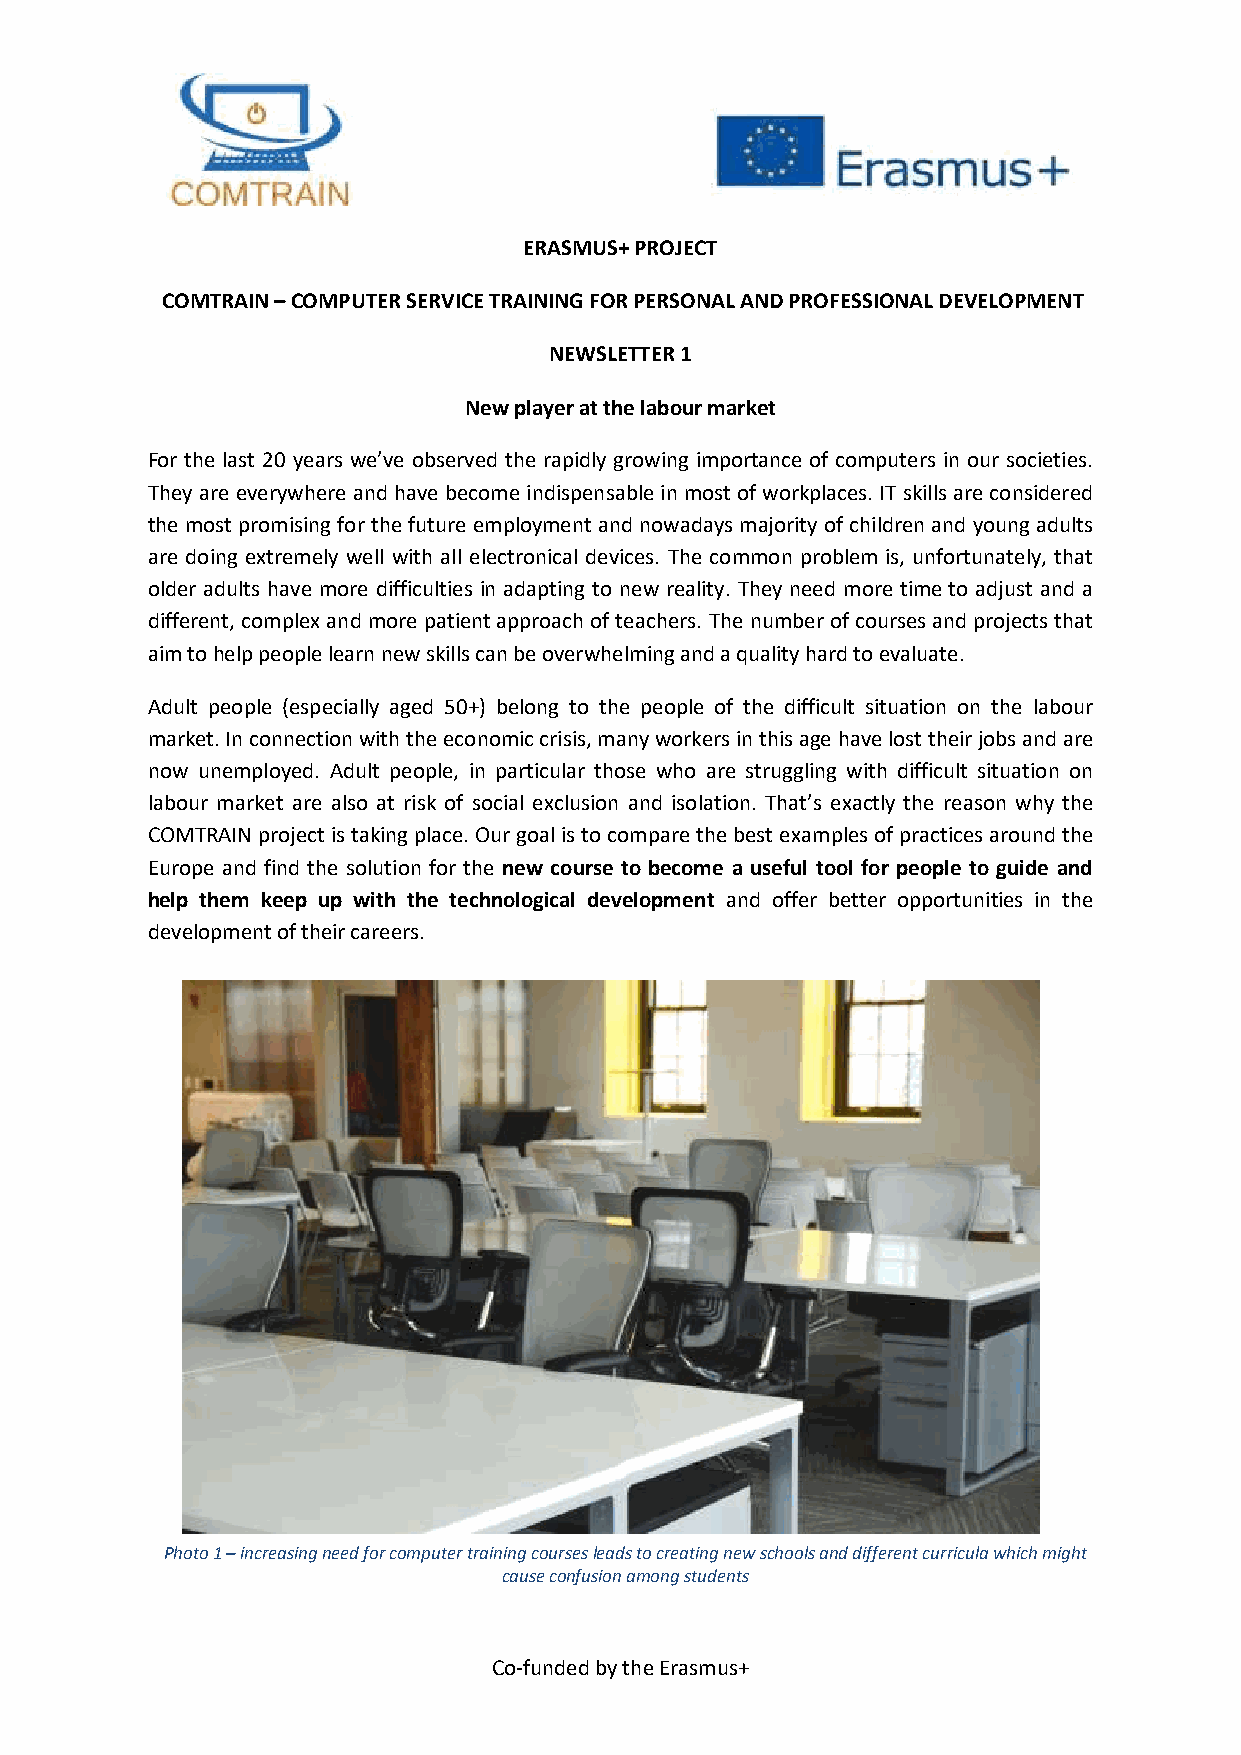
ERASMUS+ PROJECT
 COMTRAIN – COMPUTER SERVICE TRAINING FOR PERSONAL AND PROFESSIONAL DEVELOPMENT
 NEWSLETTER 1
 New player at the labour market
 For the last 20 years we’ve observed the rapidly growing importance of computers in our societies.
 They are everywhere and have become indispensable in most of workplaces. IT skills are considered
 the most promising for the future employment and nowadays majority of children and young adults
 are doing extremely well with all electronical devices. The common problem is, unfortunately, that
 older adults have more difficulties in adapting to new reality. They need more time to adjust and a
 different, complex and more patient approach of teachers. The number of courses and projects that
 aim to help people learn new skills can be overwhelming and a quality hard to evaluate.
 Adult people (especially aged 50+) belong to the people of the difficult situation on the labour
 market. In connection with the economic crisis, many workers in this age have lost their jobs and are
 now unemployed. Adult people, in particular those who are struggling with difficult situation on
 labour market are also at risk of social exclusion and isolation. That’s exactly the reason why the
 COMTRAIN project is taking place. Our goal is to compare the best examples of practices around the
 Europe and find the solution for the new course to become a useful tool for people to guide and
 help them keep up with the technological development and offer better opportunities in the
 development of their careers.
 Photo 1 – increasing need for computer training courses leads to creating new schools and different curricula which might
 cause confusion among students
 Co-funded by the Erasmus+